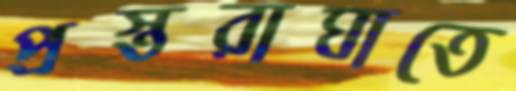
প্রস্তরাঘাতে